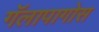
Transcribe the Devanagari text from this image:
गॅलापागोस